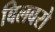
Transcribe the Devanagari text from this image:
बिलबरो